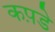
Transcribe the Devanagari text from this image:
कप़डे